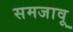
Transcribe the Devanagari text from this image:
समजावू